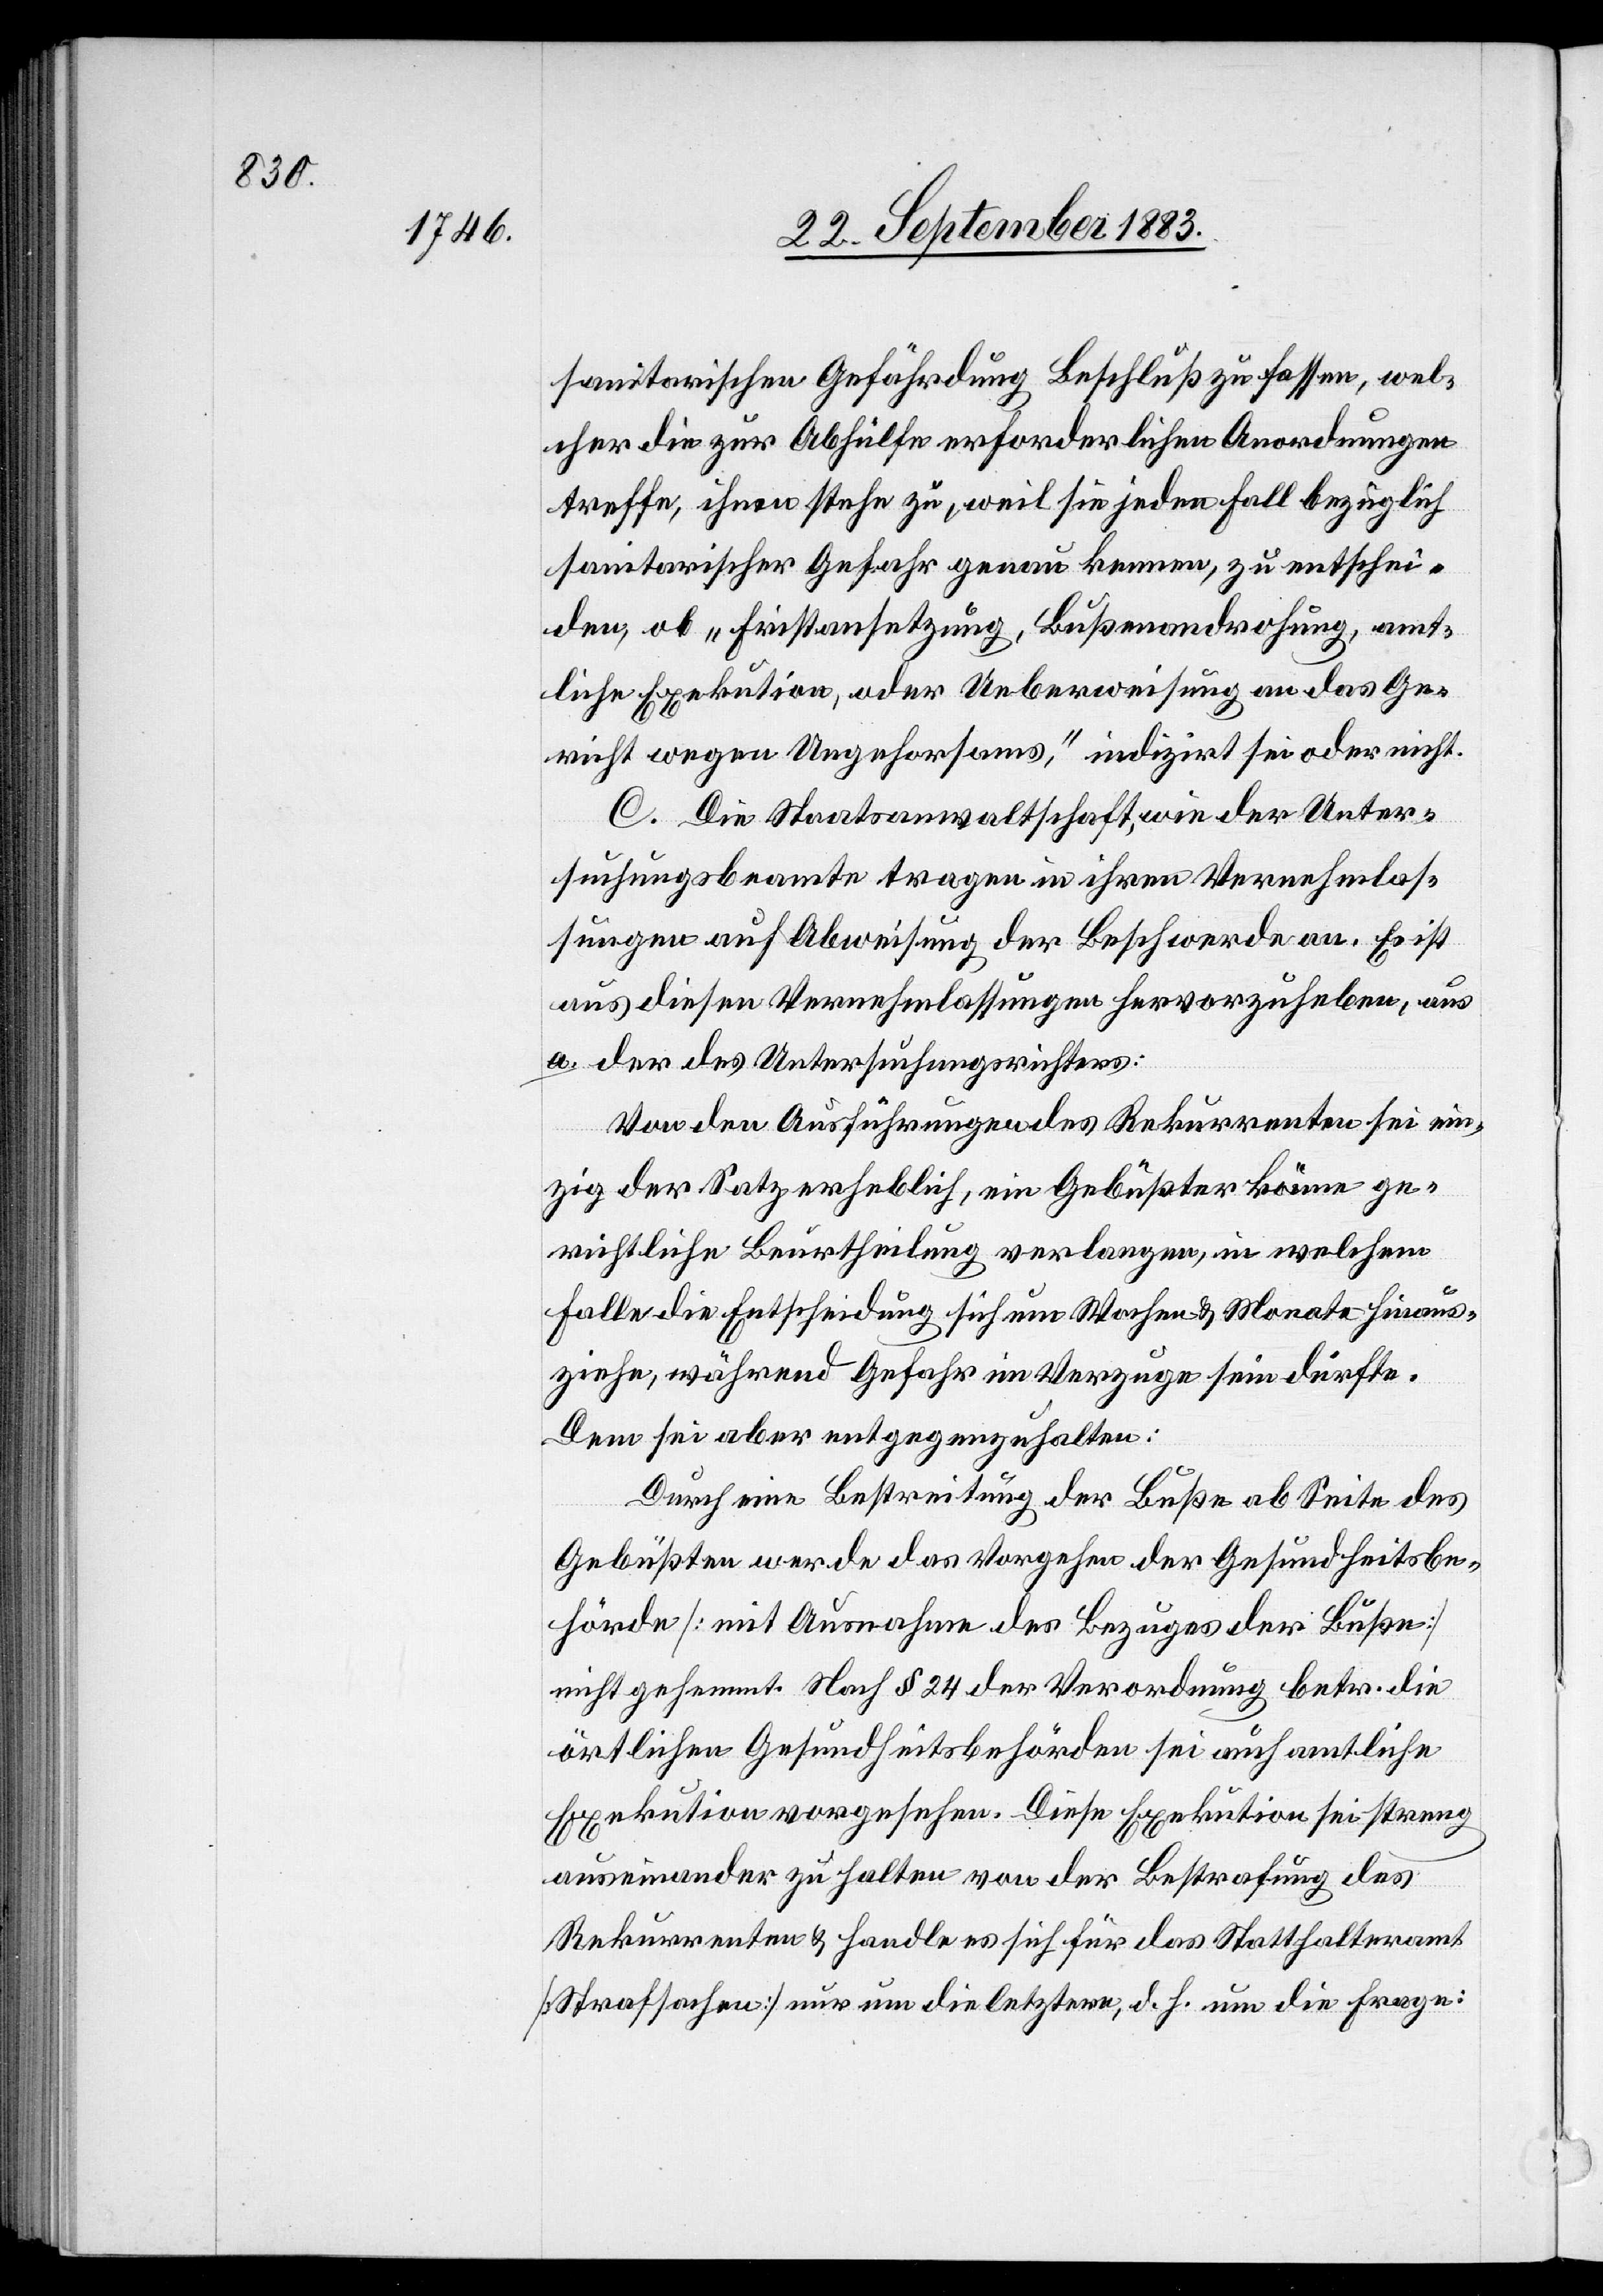
sanitarischen Gefährdung Beschluß zu fassen, wel¬
cher die zur Abhülfe erforderlichen Anordnungen
treffe, ihnen stehe zu, weil sie jeden Fall bezüglich
sanitarischer Gefahr genau kenne, zu entschei¬
den, ob „Fristansetzung, Bußendrohung, amt¬
liche Exekution, oder Ueberweisung an das Ge¬
richt wegen Ungehorsams“, indizirt sei oder nicht.
C. Die Staatsanwaltschaft, wie der Unter¬
suchungsbeamte tragen in ihren Vernehmlas¬
sungen auf Abweisung der Beschwerde an. Es ist
aus diesen Vernehmlassungen hervorzuheben, aus
a. der des Untersuchungsrichters:
Von den Ausführungen des Rekurrenten sei ein¬
zig der Satz erheblich, ein Gebüßter könne ge¬
richtliche Beurtheilung verlangen, in welchem
Falle die Entscheidung sich um Wochen & Monate hinaus¬
ziehe, während Gefahr im Verzuge sein dürfte.
Dem sei aber entgegenzuhalten:
Durch eine Bestreitung der Buße ab Seite des
Gebüßten werde das Vorgehen der Gesundheitsbe¬
hörde [mit Ausnahme des Bezuges der Buße]
nicht gehemmt. Nach § 24 der Verordnung betr. die
örtlichen Gesundheitsbehörden sei auch amtliche
Exekution vorgesehen. Diese Exekution sei streng
auseinander zu halten von der Bestrafung des
Rekurrenten & handle es sich für das Statthalteramt
[Strafsachen] nur um die letztern d. h. um die Frage: